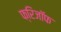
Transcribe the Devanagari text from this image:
फ्रिजॉफ